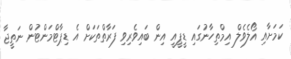
ކަމަށާއި އޯލެވެލް އިމްތިހާނުގައި ޑީޕީއީ އިން ބައިވެރިވި ފަރާތްތަކަށް އެ ޑިޕާޓްމަންޓުން ނަތީޖާ